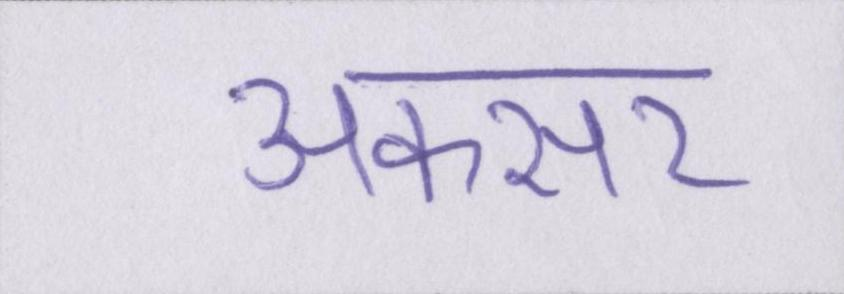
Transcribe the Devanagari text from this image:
अकसर